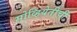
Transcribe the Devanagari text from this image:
सोव्हियेतीची